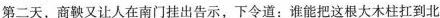
第二天，又让人在南门挂出告示，下令道：能把这根大木柱扛到北